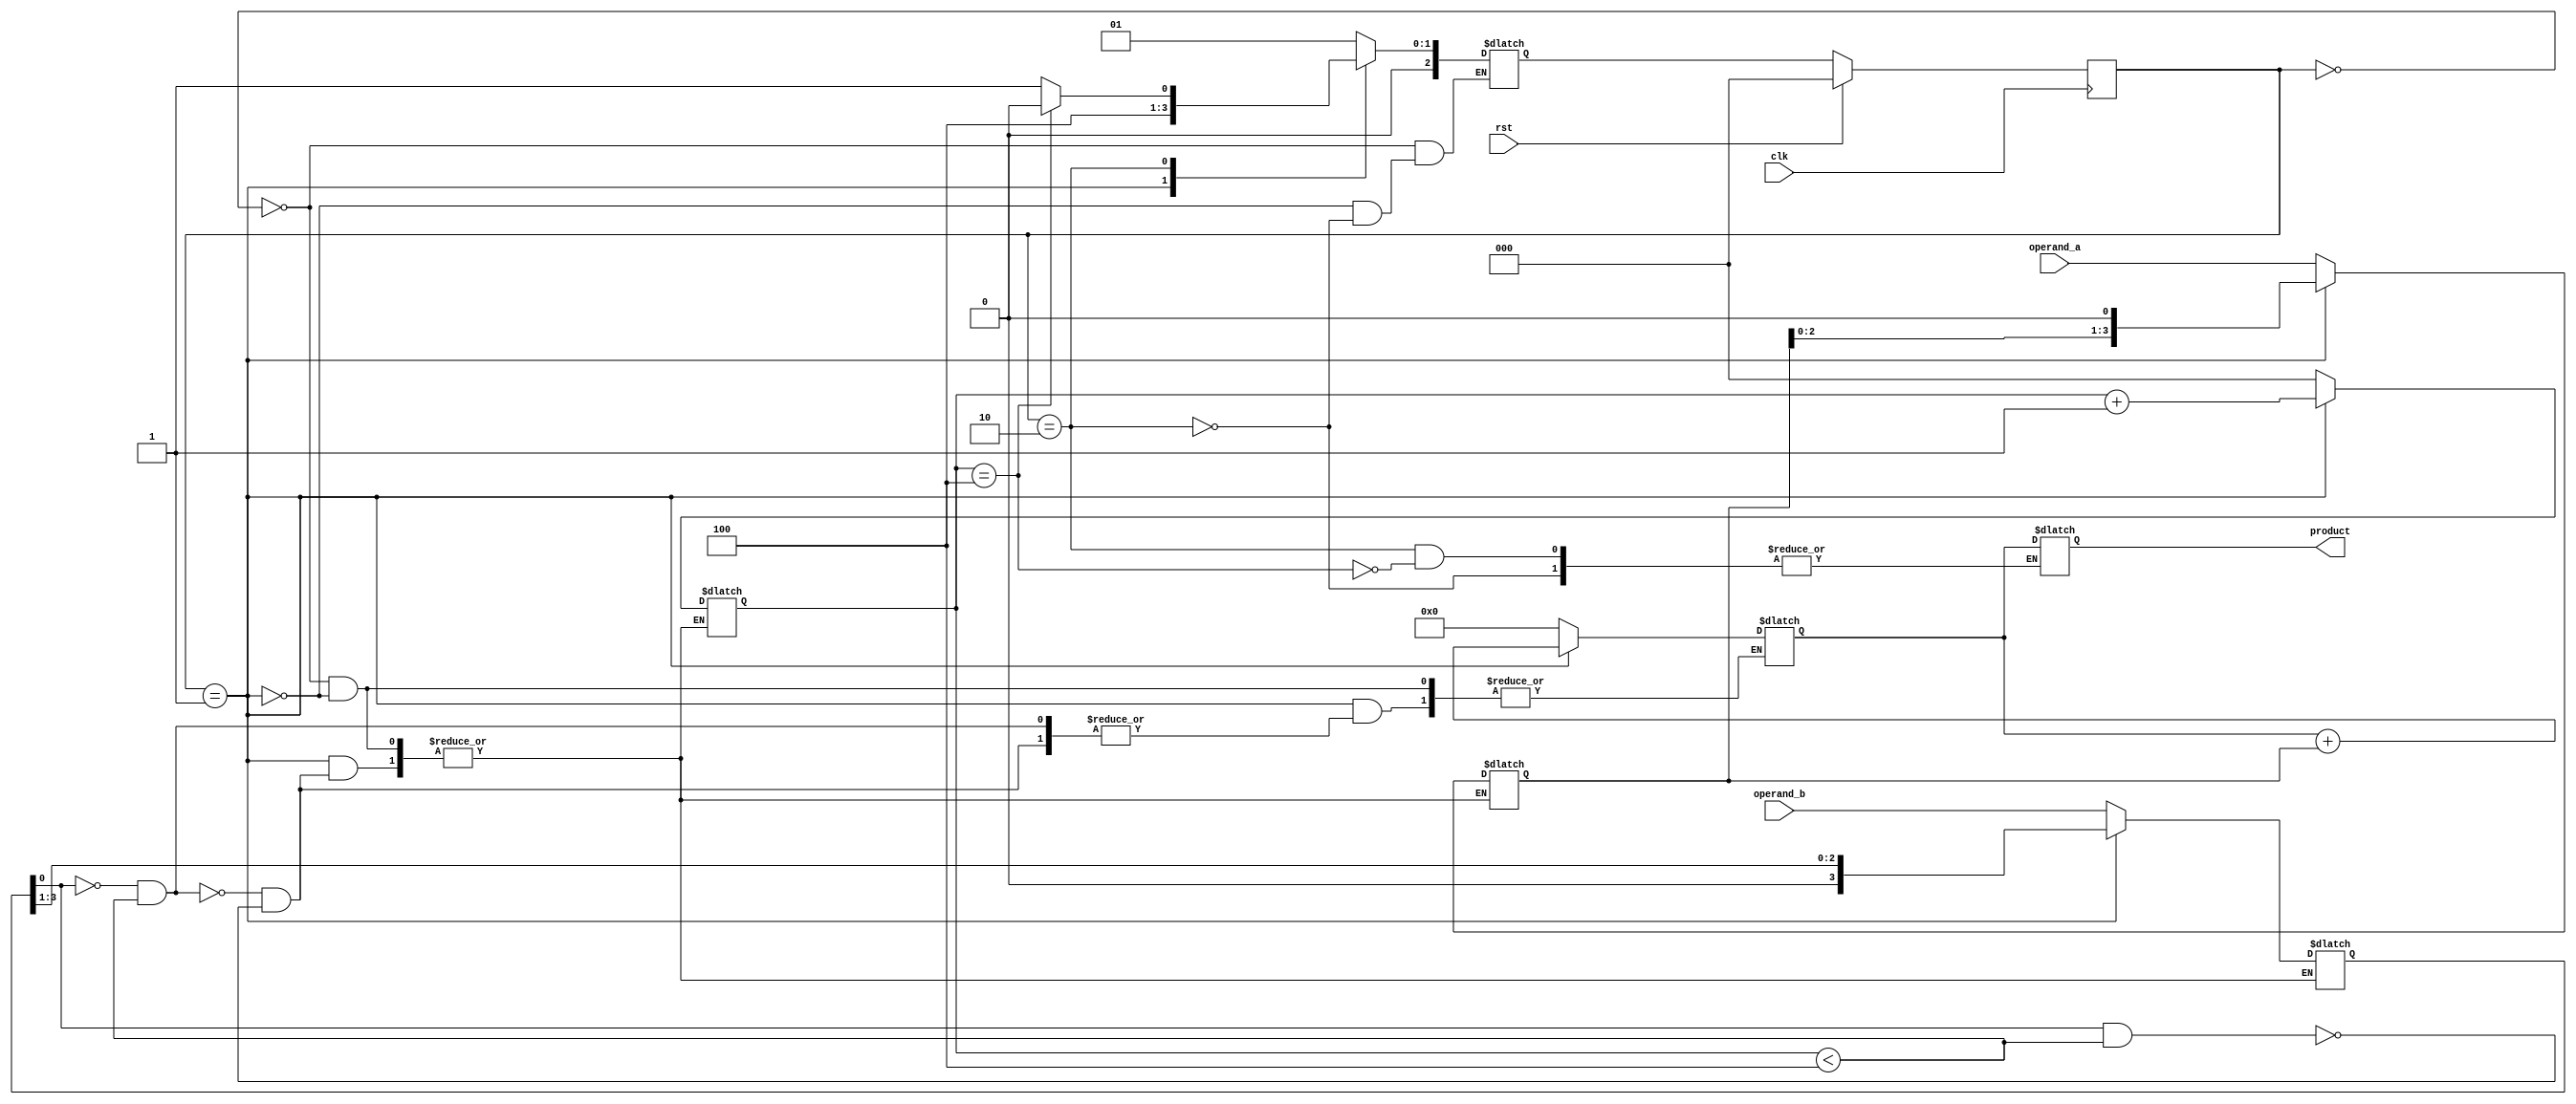
`timescale 1ns / 1ps
//////////////////////////////////////////////////////////////////////////////////
// Company: 
// Engineer: 
// 
// Design Name: 
// Module Name: RAM
// Project Name: 
// Target Devices: 
// Tool Versions: 
// Description: 
// 
// Dependencies: 
// 
// Revision:
// Revision 0.01 - File Created
// Additional Comments:
// 
//////////////////////////////////////////////////////////////////////////////////


module Sequential_Multiplier(clk, rst, operand_a, operand_b, product);
input clk, rst;
input [3:0] operand_a;
input [3:0] operand_b;
output reg [7:0] product;

reg [7:0] partial_product;
reg [2:0] shift_count;
reg [3:0] multiplicand;  
reg [3:0] operand_bb;    

// Define states
parameter S0_idle = 0, S1_multiply = 1, S2_update_result = 2;
reg [2:0] CS, NS;

always @(posedge clk) begin
  if (rst == 1)
    CS <= S0_idle; // When reset=1, reset the CS of the FSM to "S0"
  else
    CS <= NS; // Otherwise, next CS
end

always @(CS, rst) begin
  case (CS)
    S0_idle: begin
      partial_product <= 8'b0;
      shift_count <= 3'b0;
      multiplicand <= {4'b0, operand_a};
      operand_bb <= operand_b;
      NS = S1_multiply;
    end

    S1_multiply: begin
      if ((operand_bb[0] == 0) && (shift_count < 4)) begin
        partial_product <= partial_product;
        shift_count <= shift_count + 3'b1;
        multiplicand <= multiplicand << 1;
        operand_bb <= operand_bb >> 1;
      end
      else if ((operand_bb[0] == 1) && (shift_count < 4)) begin
        partial_product <= partial_product + multiplicand;
        shift_count <= shift_count + 3'b1;
        multiplicand <= multiplicand << 1;
        operand_bb <= operand_bb >> 1;
      end
      NS = S2_update_result;
    end

    S2_update_result: begin
      if (shift_count == 4) begin
        NS = S0_idle;
        product <= partial_product;
      end
      else begin
        NS = S1_multiply;
      end
    end
  endcase
end



endmodule